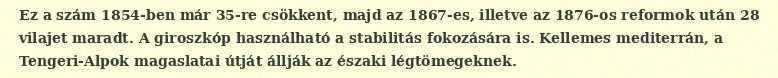
Ez a szám 1854-ben már 35-re csökkent, majd az 1867-es, illetve az 1876-os reformok után 28 vilajet maradt. A giroszkóp használható a stabilitás fokozására is. Kellemes mediterrán, a Tengeri-Alpok magaslatai útját állják az északi légtömegeknek.